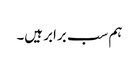
ہم سب برابر ہیں۔